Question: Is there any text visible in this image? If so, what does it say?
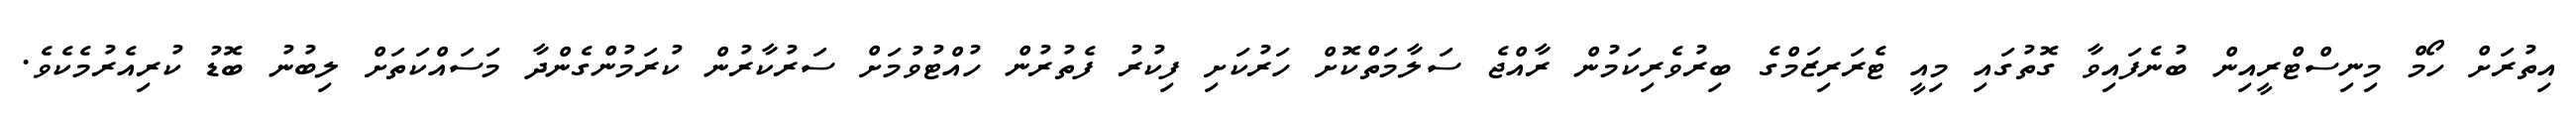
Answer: އިތުރަށް ހޯމް މިނިސްޓްރީއިން ބުނެފައިވާ ގޮތުގައި މިއީ ޓެރަރިޒަމްގެ ބިރުވެރިކަމުން ރާއްޖެ ސަލާމަތްކޮށް ހަރުކަށި ފިކުރު ފެތުރުން ހުއްޓުވުމަށް ސަރުކާރުން ކުރަމުންގެންދާ މަސައްކަތަށް ލިބުނު ބޮޑު ކުރިއެރުމެކެވެ.